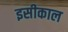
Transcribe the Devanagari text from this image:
इसीकाल